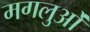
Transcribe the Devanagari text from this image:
मगलुओं